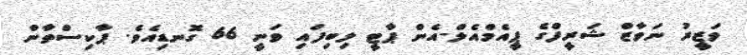
ވަޒީރު ނަވާޒް ޝަރީފްގެ ޕީއެމްއެލް-އެން ޕާޓީ ލިބިފައި ވަނީ 66 ގޮނޑިއެވެ. ޕާކިސްތާން